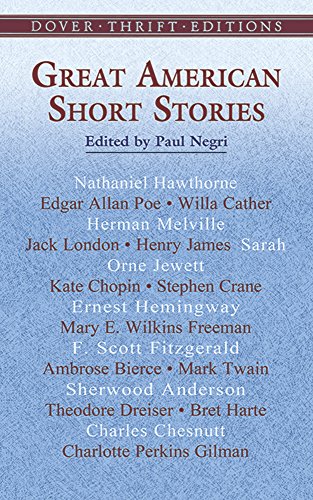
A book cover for Great American Short Stories (Dover Thrift Editions); Literature & Fiction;